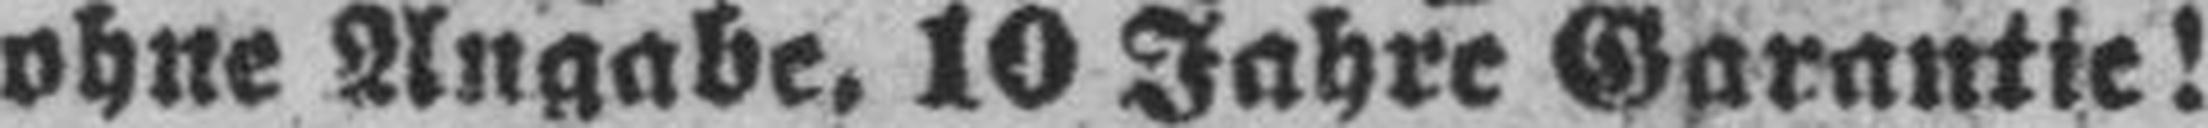
ohne Angabe, 10 Jahre Garantie!